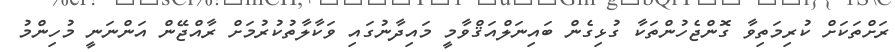
ރަށްތަކަށް ކުރިމަތިވާ ގޮންޖެހުންތަކާ ގުޅިގެން ބައިނަލްއަޤްވާމީ މައިދާނުގައި ވަކާލާތުކުރުމަށް ރާއްޖޭން އަންނަނީ މުހިންމު